Report of the Hyderabad Chloroform Commission
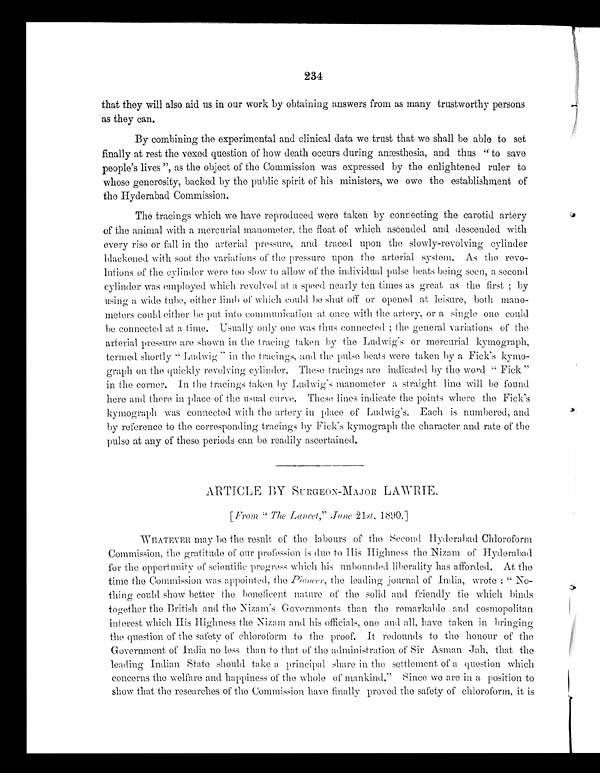
234
that they will also aid us in our work by obtaining answers from as many trustworthy persons
as they Can.
By combining the experimental and clinical data we trust that we shall be able to set
finally at rest the vexed question of how death occurs during anæsthesia, and thus "to save
people's lives", as the object of the Commission was expressed by the enlightened ruler to
whose generosity, backed by the public spirit of his ministers, we owe the establishment of
the Hyderabad Commission.
The tracings which we have reproduced were taken by connecting the carotid artery
of the animal with a mercurial manometer, the float of which ascended and descended with
every rise or fall in the arterial pressure, and traced upon the slowly-revolving cylinder
blackened with soot the variations of the pressure upon the arterial system. As the revo-
lutions of the cylinder were too slow to allow of the individual pulse beats being seen, a second
cylinder was employed which revolved at a speed nearly ten times as great as the first; by
using a wide tube, either limb of which could be shut off or opened at leisure, both mano-
meters could either be put into communication at once with the artery, or a single one could
be connected at a time. Usually only one was thus connected; the general variations of the
arterial pressure are shown in the tracing taken by the Ludwig's or mercurial kymograph,
termed shortly "Ludwig" in the tracings, and the pulse beats were taken by a Fick's kymo-
graph on the quickly revolving cylinder. These tracings are indicated by the word "Fick"
in the corner. In the tracings taken by Ludwig's manometer a straight line will be found
here and there in place of the usual curve. These lines indicate the points where the Fick's
kymograph was connected with the artery in place of Ludwig's. Each is numbered, and
by reference to the corresponding tracings by Fick's kymograph the character and rate of the
pulse at any of these periods can be readily ascertained.
ARTICLE BY SURGEON-MAJOR LAWRIE.
[From "The Lancet," June 21 st , 1890.]
WHATEVER may be the result of the labours of the Second Hyderabad Chloroform
Commission, the gratitude of our profession is due to His Highness the Nizam of Hyderabad
for the opportunity of scientific progress which his unbounded liberality has afforded. At the
time the Commission was appointed, the Pioneer, the leading journal of India, wrote: "No-
- t h i n g c o u l d s h o w b e t t e r t h e b e n e f i c e n t n a t u r e o f t h e s o l i d a n d f r i e n d l y t i e w h i c h b i n d s
together the British and the Nizam's Governments than the remarkable and cosmopolitan
interest which His Highness the Nizam and his officials, one and all, have taken in bringing
the question of the safety of chloroform to the proof. It redounds to the honour of the
Government of India no less than to that of the administration of Sir Asman Jah, that the
leading Indian State should take a principal share in the settlement of a question which
concerns the welfare and happiness of the whole of mankind." Since we are in a position to
show that the researches of the Commission have finally proved the safety of chloroform, it is